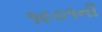
૧૯૦૧ની